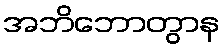
အဘိဘောတွာန